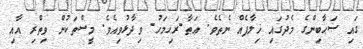
ގައި ޞަޙާބިންގެ މެދުގައި ޚިލާފެއް ނެތެވެ. ޢަޠާ-ރަޙިމަހު- ވިދާޅުވިއެވެ. މީސްތަކުން ވިތްރި އާއި